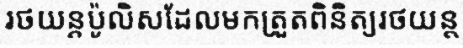
រថយន្តប៉ូលិសដែលមកត្រួតពិនិត្យរថយន្ត